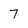
Character: 7